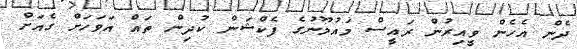
ދެން އެހެން ވީއިރުން ރައީސް މައުމޫނުގެ ފެކްޝަން ކުދިން ތައް އަވަހަށް ގެއަށް